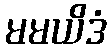
မမယိဒံ